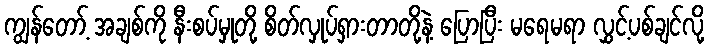
ကျွန်တော့် အချစ်ကို နီးစပ်မှုတို့ စိတ်လှုပ်ရှားတာတို့နဲ့ ပြောပြီး မရေမရာ လွှင့်ပစ်ချင်လို့